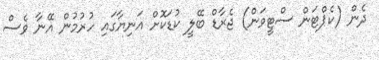
ދެން (ކެޕްޓަން ސްޓީވަން) ޖެރާޑް ބޭލީ ކުޑަކޮށް އަނިޔާގައި ހުރުމުން އޭނާ ވެސް